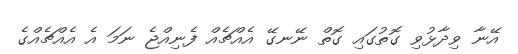
އޭނާ ވިދާޅުވި ގޮތުގައި ގޮތް ނޭނގޭ އެއްޗެއް ފެނިއްޖެ ނަމަ އެ އެއްޗެއްގެ